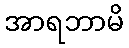
အာရဘာမိ